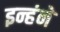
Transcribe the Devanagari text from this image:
इन्हंने